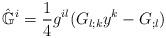
LaTeX: \begin{align*}\hat{\mathbb{G}}^i = \frac14 g^{il}(G_{l;k}y^k-G_{;l})\end{align*}